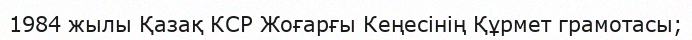
1984 жылы Қазақ КСР Жоғарғы Кеңесінің Құрмет грамотасы;